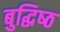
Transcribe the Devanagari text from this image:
बुद्धिष्‍ठ